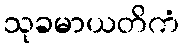
သုခမာယတိကံ